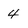
Character: 4